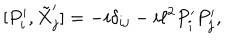
[ P _ { i } ^ { \prime } , \tilde { X } _ { j } ^ { \prime } ] = - i \delta _ { i j } - i \ell ^ { 2 } P _ { i } ^ { \prime } P _ { j } ^ { \prime } ,